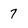
Character: 7